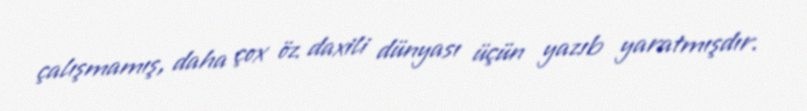
çalışmamış, daha çox öz daxili dünyası üçün yazıb yaratmışdır.